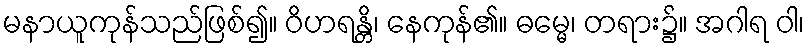
မနာယူကုန်သည်ဖြစ်၍။ ဝိဟရန္တိ၊ နေကုန်၏။ ဓမ္မေ၊ တရား၌။ အဂါရ ဝါ၊